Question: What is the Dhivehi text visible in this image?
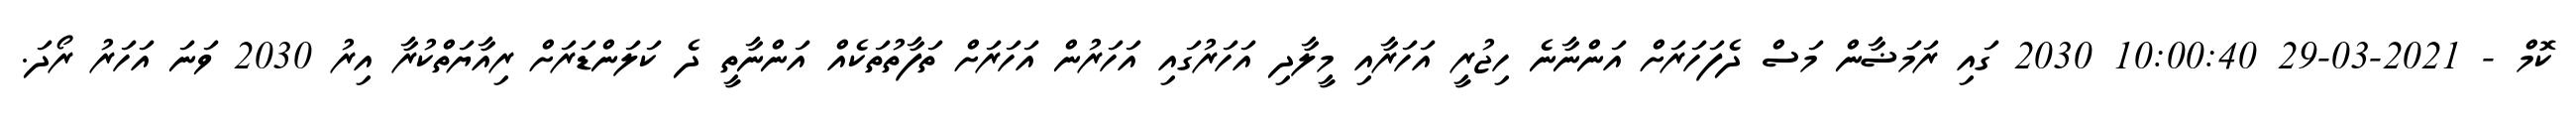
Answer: ކޮމް - 2021-03-29 10:00:40 2030 ގައި ރަމަޟާން މަސް ދެފަހަރަށް އަންނާނެ ހިޖުރީ އަހަރާއި މީލާދި އަހަރުގައި އަހަރުން އަހަރަށް ތަފާތުތަކެއް އަންނާތީ ދެ ކަލަންޑަރަށް ރިއާޔަތްކުރާ އިރު 2030 ވަނަ އަހަރު ރޯދަ.